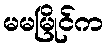
မမမြိုင်က